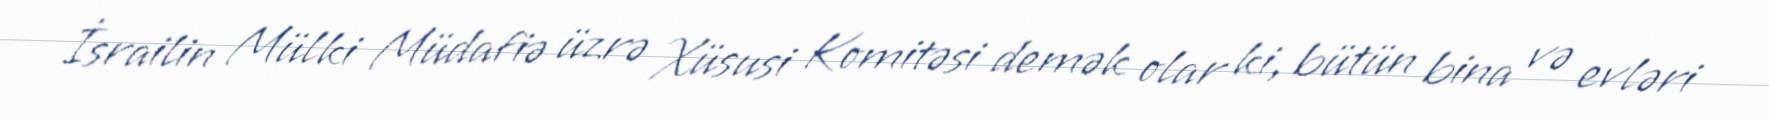
İsrailin Mülki Müdafiə üzrə Xüsusi Komitəsi demək olar ki, bütün bina və evləri